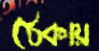
ঠেকায়